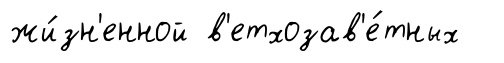
жи́зн'енной в'етхозав'е́тных